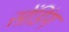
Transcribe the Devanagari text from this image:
सेंडिंग